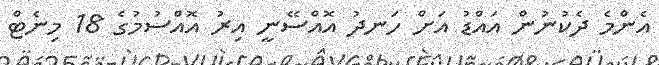
އެންމެ ދެކުނުން އައްޑު އަށް ހަނދު އޮއްސޭނީ އިރު އޮއްސުމުގެ 18 މިނެޓް